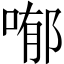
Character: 喐